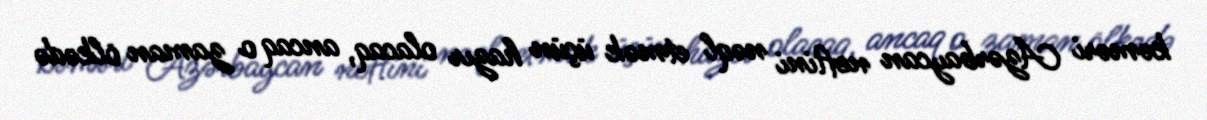
kəməri Azərbaycan neftini nəql etmək üçün hazır olacaq, ancaq o zaman ölkədə